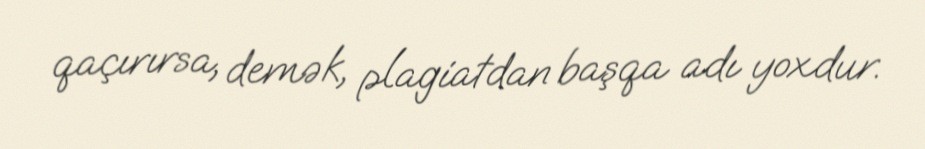
qaçırırsa, demək, plagiatdan başqa adı yoxdur.